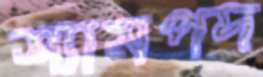
শ্যামপদ